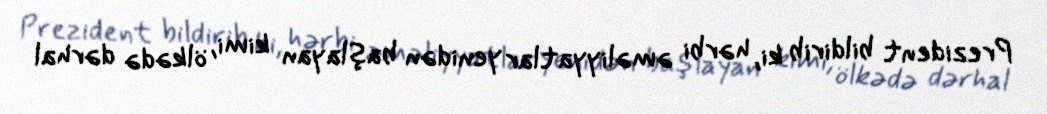
Prezident bildirib ki, hərbi əməliyyatlar yenidən başlayan kimi, ölkədə dərhal